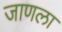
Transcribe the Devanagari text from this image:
जाणला